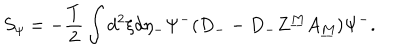
LaTeX: S _ { \psi } = - { \frac { T } { 2 } } \int d ^ { 2 } \xi d \eta _ { - } \Psi ^ { - } ( D _ { -- } D _ { - } Z ^ { \underline { { M } } } A _ { \underline { { M } } } ) \Psi ^ { - } .